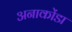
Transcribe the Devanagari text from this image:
अनाकोंडा